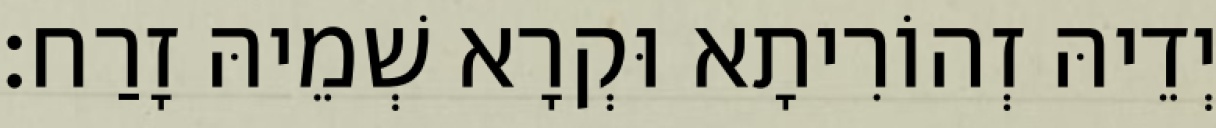
יְדֵיהּ זְהוֹרִיתָא וּקְרָא שְׁמֵיהּ זָרַח׃